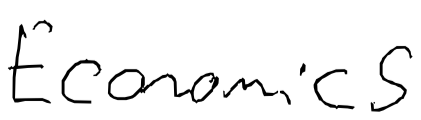
Text: Economics
Cross-out: clean
Writing tool: digital_black